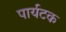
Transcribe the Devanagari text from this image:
पार्यटक